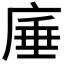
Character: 𭙣